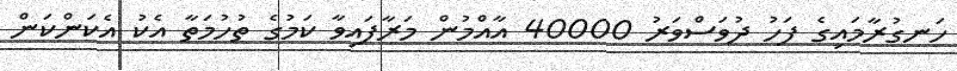
ހަނގުރާމައިގެ ފަހު ދުވަސްވަރު 40000 އާއްމުން މަރާފައިވާ ކަމުގެ ތުހުމަތާ އެކު އެކަންކަން